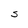
Character: S